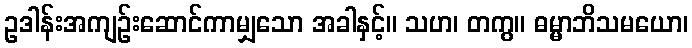
ဥဒါန်းအကျဉ်းဆောင်ကာမျှသော အခါနှင့်။ သဟ၊ တကွ။ ဓမ္မာဘိသမယော၊